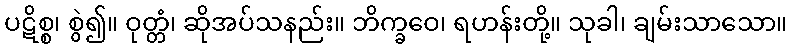
ပဋိစ္စ၊ စွဲ၍။ ဝုတ္တံ၊ ဆိုအပ်သနည်း။ ဘိက္ခဝေ၊ ရဟန်းတို့။ သုခါ၊ ချမ်းသာသော။